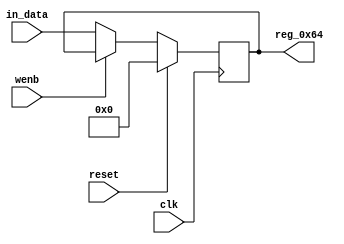
module r_TX_BUF_OBJ5_BYTE_0(output reg [7:0] reg_0x64, input wire reset, input wire wenb, input wire [7:0] in_data, input wire clk);
	always@(posedge clk)
	begin
		if(reset==0) begin
			if(wenb==0)
				reg_0x64<=in_data;
			else
				reg_0x64<=reg_0x64;
		end
		else
			reg_0x64<=8'h00;
	end
endmodule